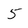
Character: 5